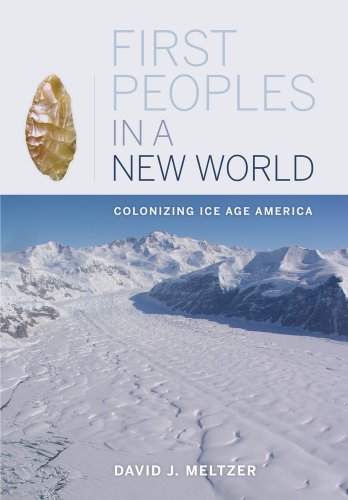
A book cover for First Peoples in a New World: Colonizing Ice Age America; David J. Meltzer; Politics & Social Sciences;